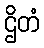
ဌိတံ